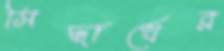
সিদ্ধার্থের